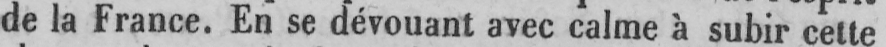
de la France. En se dévouant avec calme à subir cette